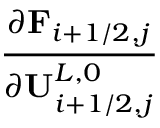
\frac { \partial \mathbf { F } _ { i + 1 / 2 , j } } { \partial \mathbf { U } _ { i + 1 / 2 , j } ^ { L , 0 } }